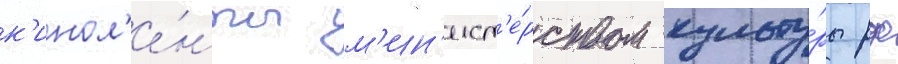
к'инол'е́нты м'ин'ист'е́рством культу́ры рф